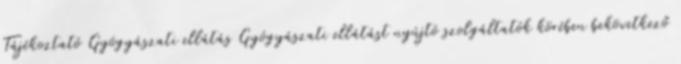
Tájékoztató Gyógyászati ellátás Gyógyászati ellátást nyújtó szolgáltatók körében bekövetkező